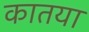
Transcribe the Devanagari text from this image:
कातया